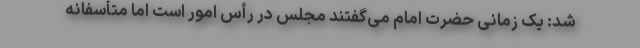
شد: یک زمانی حضرت امام می‌گفتند مجلس در رأس امور است اما متأسفانه